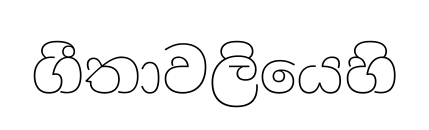
ගීතාවලියෙහි